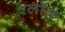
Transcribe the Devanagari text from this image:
श्लॉक